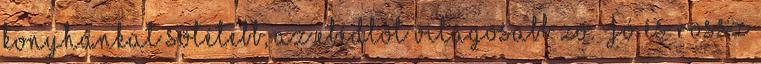
konyhánkat sötétebb, az ebédlőt világosabb zö. Jó és rossz